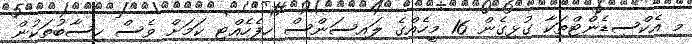
މި އެކްސިޑެންޓްތަކާ ގުޅިގެން 16 މީހެއްގެ ލައިސަންސް ހިފެހެއްޓި ކަމަށް ވެސް ހިސާބުތަކުން